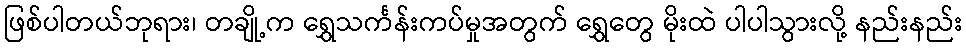
ဖြစ်ပါတယ်ဘုရား၊ တချို့က ရွှေသင်္ကန်းကပ်မှုအတွက် ရွှေတွေ မိုးထဲ ပါပါသွားလို့ နည်းနည်း